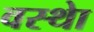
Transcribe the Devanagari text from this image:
वस्थाे